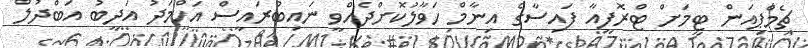
ޗެމްޕިއަން ޓީމަށް ޓްރޮފީއާ ފައިސާގެ އިނާމް ހަވާލުކޮށްދެއްވީ ނައިބުރައީސް އަހްމަދު އަދީބު އަބްދުލް